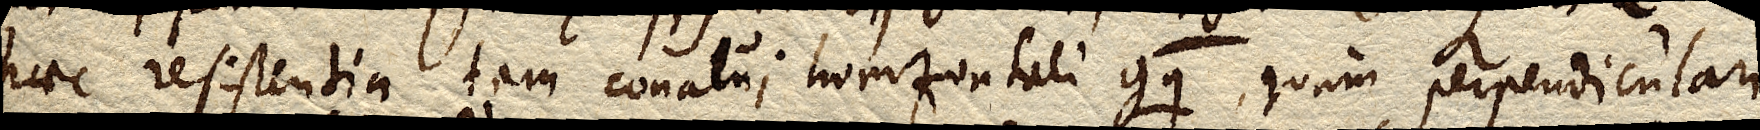
haec resistentia tam conatui horizontali gq, quam perpendiculari